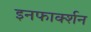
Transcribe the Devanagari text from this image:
इनफार्क्शन